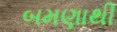
બમણાથી